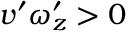
v ^ { \prime } \omega _ { z } ^ { \prime } > 0